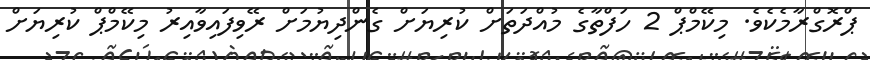
ޕްރޮގްރާމެކެވެ. މިކޭމްޕް 2 ހަފްތާގެ މުއްދަތަށް ކުރިޔަށް ގެންދިޔުމަށް ރޭވިފައިވާއިރު މިކޭމްޕް ކުރިޔަށް